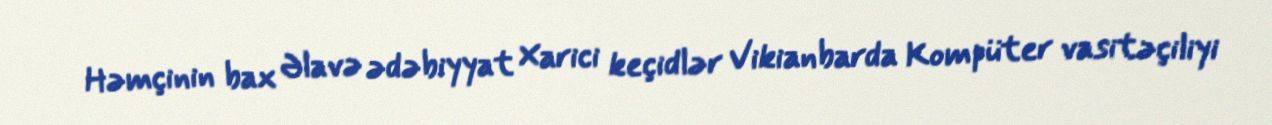
Həmçinin bax Əlavə ədəbiyyat Xarici keçidlər Vikianbarda Kompüter vasitəçiliyi